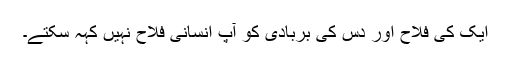
ایک کی فلاح اور دس کی بربادی کو آپ انسانی فلاح نہیں کہہ سکتے۔